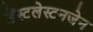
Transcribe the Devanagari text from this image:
डेंस्टलेस्टनजेन